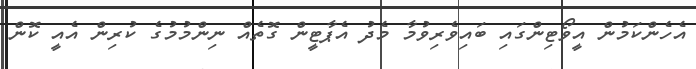
އެހެންކަމުން އީވޯޓިންގައި ބައިވެރިވުމާ މެދު އެޕާޓީން ގޮތެއް ނިންމުމުގެ ކުރިން އެއީ ކޮން